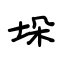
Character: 垛